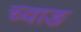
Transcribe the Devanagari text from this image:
च्वाङ